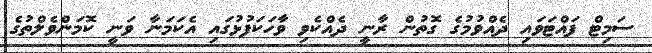
ސަމިޓް ފައްޓަވައި ދެއްވުމުގެ ގޮތުން ރާނީ ދެއްކެވި ވާހަކަފުޅުގައި އެކަމަނާ ވަނީ ކޮމަންވެލްތުގެ